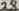
Text: 28